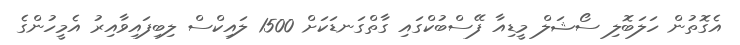
އެގޮތުން ހަލަބޮލި ސޯޝަލް މީޑިއާ ފޭސްބުކްގައި ގާތްގަނޑަކަށް 1500 ލައިކްސް ލިބިފައިވާއިރު އެމީހުންގެ